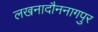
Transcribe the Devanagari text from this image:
लखनादौननागपुर